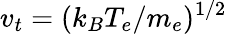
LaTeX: v_{t}=(k_{B}T_{e}/m_{e})^{1/2}